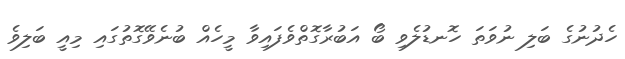
ހެދުނުގެ ބަލި ނުވަތަ ހޮނޑުލެވި ބޯ އަބުރާގޮތްވެފައިވާ މީހެއް ބުނެވޭގޮތުގައި މިއީ ބަލިވެ